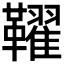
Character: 𩍪